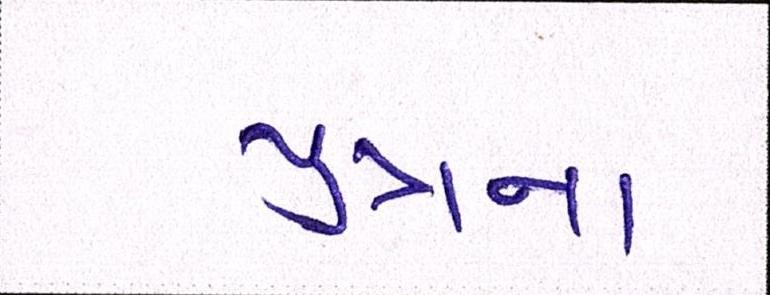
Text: પુત્રના